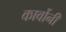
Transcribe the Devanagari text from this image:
कार्वोनी